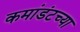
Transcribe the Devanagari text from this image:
कमांडंटच्या